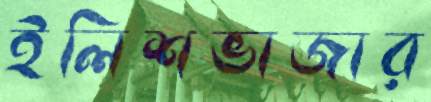
ইলিশভাজার